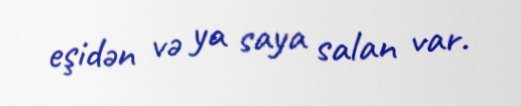
eşidən və ya saya salan var.